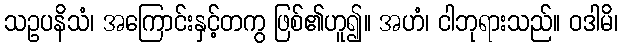
သဥပနိသံ၊ အကြောင်းနှင့်တကွ ဖြစ်၏ဟူ၍။ အဟံ၊ ငါဘုရားသည်။ ဝဒါမိ၊